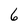
Character: 6